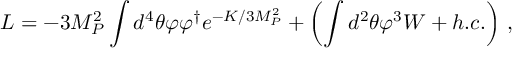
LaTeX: { \cal L } = - 3 M _ { P } ^ { 2 } \int d ^ { 4 } \theta \varphi \varphi ^ { \dagger } e ^ { - K / 3 M _ { P } ^ { 2 } } + \left( \int d ^ { 2 } \theta \varphi ^ { 3 } W + h . c . \right) \, ,